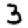
Digit: 3